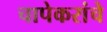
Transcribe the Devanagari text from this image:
चापेकरांचे